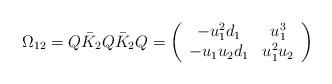
LaTeX: \begin{align*}\Omega_{12}= Q \bar{K}_2Q \bar{K}_2 Q = \left( \begin{array}{cc}-u_1^2 d_1 & u_1^3 \\-u_1 u_2 d_1 & u_1^2 u_2\end{array} \right)\end{align*}